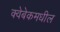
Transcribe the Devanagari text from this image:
क्वेबेकमधील